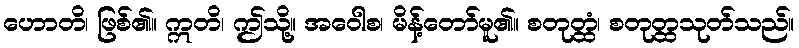
ဟောတိ၊ ဖြစ်၏။ ဣတိ၊ ဤသို့။ အဝေါစ၊ မိန့်တော်မူ၏။ စတုတ္ထံ၊ စတုတ္ထသုတ်သည်။